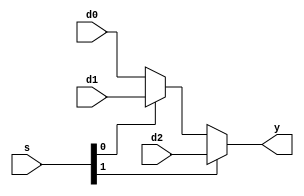
module mux_3_1 (
	input  [1:0] s,
	input  [2:0] d0, 
	input  [2:0] d1,
	input  [2:0] d2,  
	output [2:0] y
);

assign y = s [1] ? d2 : (s[0] ? d1 : d0);

endmodule